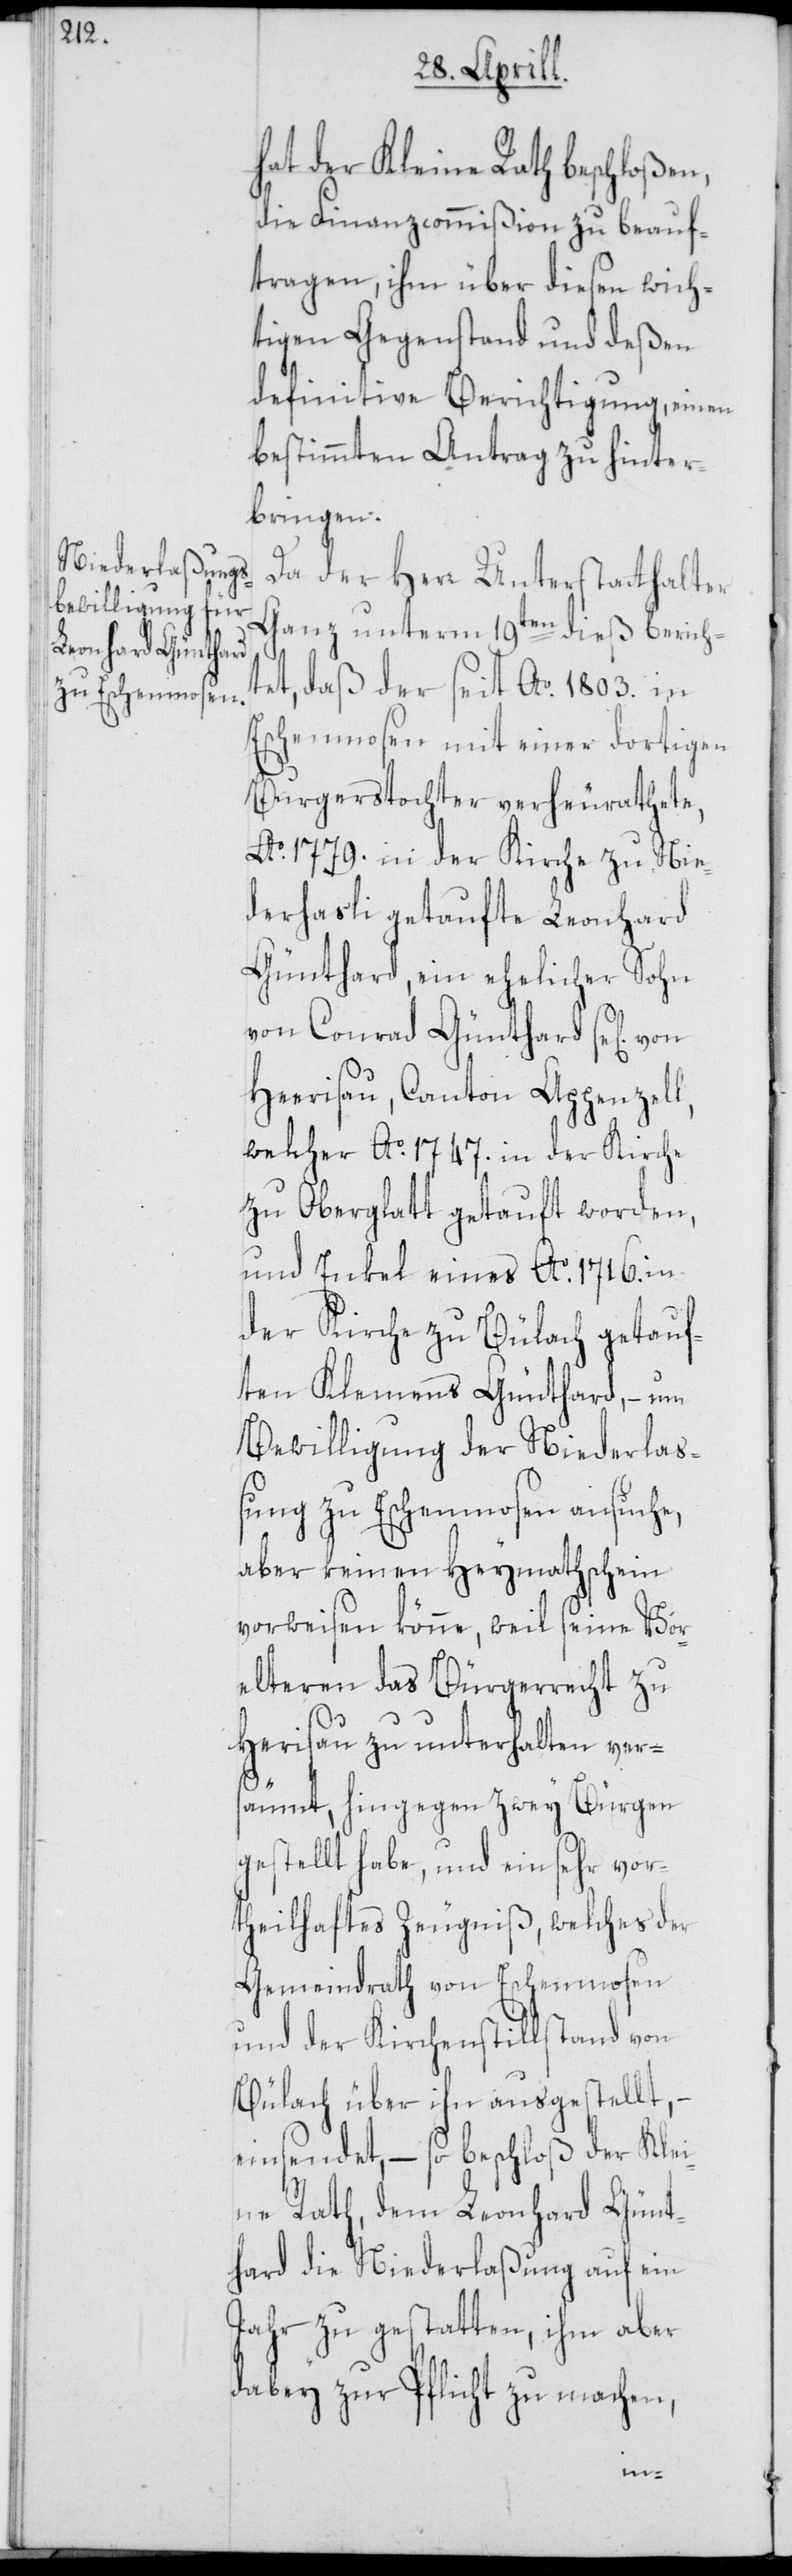
hat der Kleine Rath beschloßen,
die Finanzcommißion zu beauf¬
tragen, ihm über diesen wich¬
tigen Gegenstand und deßen
definitive Berichtigung, einen
bestimmten Antrag zu hinter¬
bringen.
Da der Herr Unterstatthalter
Ganz unterm 19ten dieß berich¬
tet, daß der seit Ao. 1803. in
Eschenmosen mit einer dortigen
Burgerstochter verheurathete,
Ao. 1779. in der Kirche zu Nie¬
derhasli getaufte Leonhard
Günthard, ein ehelicher Sohn
von Conrad Günthard se[lig]
[sic!], Canton Appenzell,
welcher Ao. 1747. in der Kirche
zu Oberglatt getauft worden,
und Enkel eines Ao. 1716. in
der Kirche zu Bülach getauf¬
ten Klemens Günthard, – um
Bewilligung der Niederlaß¬
ung zu Eschenmosen ansuche,
aber keinen Heymathschein
vorweisen könne, weil seine Vor¬
elteren das Bürgerrecht zu
Herisau zu unterhalten ver¬
säumt, hingegen zwey Bürgen
gestellt habe, und ein sehr vor¬
theilhaftes Zeugniß, welches der
Gemeindrath von Eschenmosen
und der Kirchenstillstand von
Bülach über ihn ausgestellt, –
einsendet, – so beschloß der Klei¬
ne Rath, dem Leonhard Günt¬
hard die Niederlaßung auf ein
Jahr zu gestatten, ihm aber
dabey zur Pflicht zu machen,